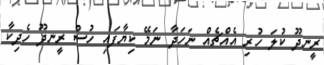
ރީނދޫ ކުލަ ހުރި އެއްޗެއް ނަހަދާ ނަމޭ ކިޔާފައި ހުސް ރީނދޫ ހެދިކާ